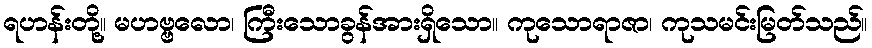
ရဟန်းတို့။ မဟဗ္ဗလော၊ ကြီးသောခွန်အားရှိသော။ ကုသောရာဇာ၊ ကုသမင်းမြတ်သည်။